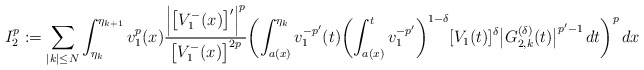
\begin{align*}I_2^p:=\sum_{|k|\le N}\int_{\eta_{k}}^{\eta_{k+1}} v_1^{p}(x)\frac{\Bigl|\bigl[V_1^-(x)\bigr]'\Bigr|^p}{\bigl[V_1^-(x)\bigr]^{2p}}\biggl(\int_{a(x)}^{\eta_{k}} v_1^{-p'}(t)\biggl(\int_{a(x)}^t v_1^{-p'}\biggr)^{1-\delta}[V_1(t)]^{\delta}\bigl|G^{(\delta)}_{2,k}(t)\bigr|^{p'-1}\,dt\biggr)^p\,dx\end{align*}